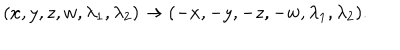
LaTeX: ( x , y , z , w , \lambda _ { 1 } , \lambda _ { 2 } ) \to ( - x , - y , - z , - w , \lambda _ { 1 } , \lambda _ { 2 } ) .